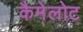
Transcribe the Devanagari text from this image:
कैमेलोट